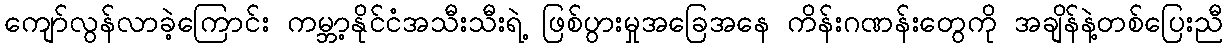
ကျော်လွန်လာခဲ့ကြောင်း ကမ္ဘာ့နိုင်ငံအသီးသီးရဲ့ ဖြစ်ပွားမှုအခြေအနေ ကိန်းဂဏန်းတွေကို အချိန်နဲ့တစ်ပြေးညီ